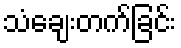
သံချေးတက်ခြင်း